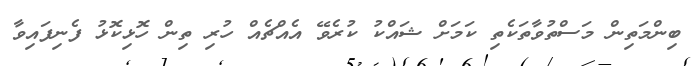
ބިންމަތިން މަސްތުވާތަކެތި ކަމަށް ޝައްކު ކުރެވޭ އެއްޗެއް ހުރި ތިން ހޮޅިކޮޅު ފެނިފައިވާ